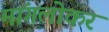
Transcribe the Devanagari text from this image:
मांगलोकर